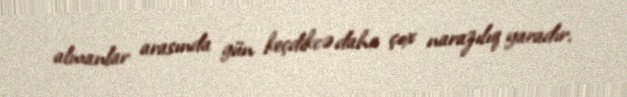
almanlar arasında gün keçdikcə daha çox narazılıq yaradır.